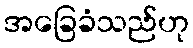
အခြေခံသည်ဟု